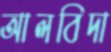
আলবিদা